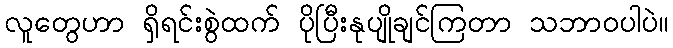
လူတွေဟာ ရှိရင်းစွဲထက် ပိုပြီးနုပျိုချင်ကြတာ သဘာဝပါပဲ။